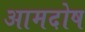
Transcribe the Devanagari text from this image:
आमदोष